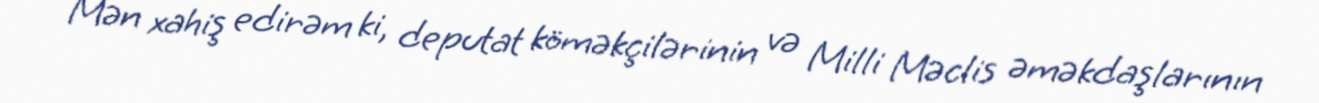
Mən xahiş edirəm ki, deputat köməkçilərinin və Milli Məclis əməkdaşlarının